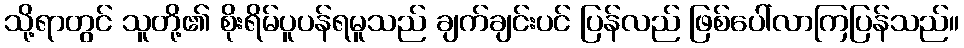
သို့ရာတွင် သူတို့၏ စိုးရိမ်ပူပန်ရမူသည် ချက်ချင်းပင် ပြန်လည် ဖြစ်ပေါ်လာကြပြန်သည်။